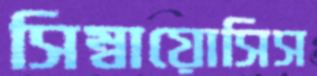
সিম্বায়োসিস